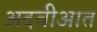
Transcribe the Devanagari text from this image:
अदवीआत